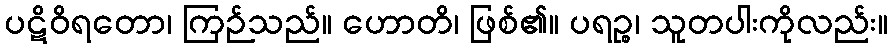
ပဋိဝိရတော၊ ကြဉ်သည်။ ဟောတိ၊ ဖြစ်၏။ ပရဉ္စ၊ သူတပါးကိုလည်း။